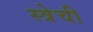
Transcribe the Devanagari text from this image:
स्त्रेची